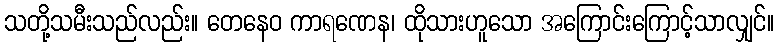
သတို့သမီးသည်လည်း။ တေနေဝ ကာရဏေန၊ ထိုသားဟူသော အကြောင်းကြောင့်သာလျှင်။